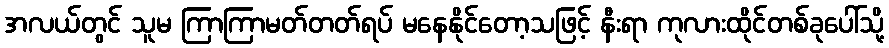
အလယ်တွင် သူမ ကြာကြာမတ်တတ်ရပ် မနေနိုင်တော့သဖြင့် နီးရာ ကုလားထိုင်တစ်ခုပေါ်သို့